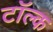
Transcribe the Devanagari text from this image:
टॉल्क